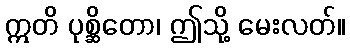
ဣတိ ပုစ္ဆိတော၊ ဤသို့ မေးလတ်။